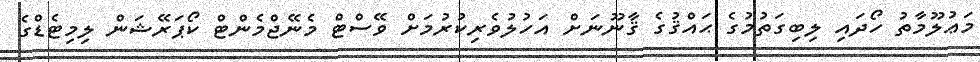
މަޢުލޫމާތު ހޯދައި ލިބިގަތުމުގެ ޙައްޤުގެ ޤާނޫނަށް އަހުލުވެރިކުރުމަށް ވޭސްޓް މެނޭޖްމެންޓް ކޯޕަރޭޝަން ލިމިޓެޑްގެ